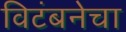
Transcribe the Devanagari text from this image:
विटंबनेचा